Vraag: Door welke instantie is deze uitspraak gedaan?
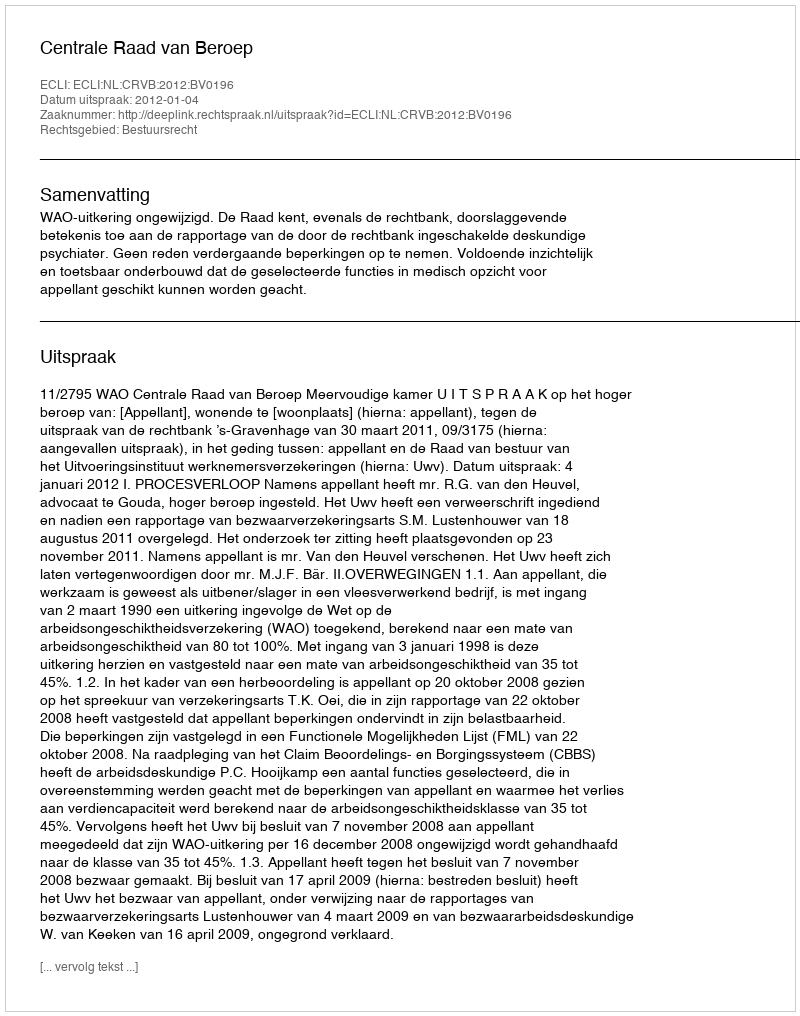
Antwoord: Centrale Raad van Beroep